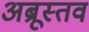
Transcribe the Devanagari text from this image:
अब्रूस्तव